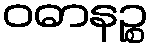
ဝဓာနဉ္စ